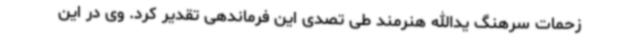
زحمات سرهنگ یدالله هنرمند طی تصدی این فرماندهی تقدیر کرد. وی در این